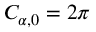
C _ { \alpha , 0 } = 2 \pi